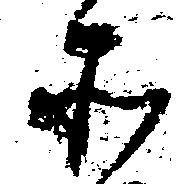
そ